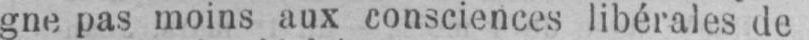
gne pas moins aux consciences libérales de